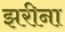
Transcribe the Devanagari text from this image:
झरीना